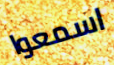
اسمعوا